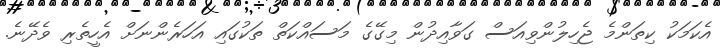
އެކަމަކު ކިތަންމެ ޖެހިލުންވިއަސް ގަވާއިދުން މިގޭގެ މަސައްކަތް ތަކުގައި އަހަރެންނަށް އެހީތެރި ވެދޭނެ.